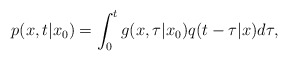
\begin{align*}p(x,t|x_0)=\int_0^t g(x,\tau|x_0) q(t-\tau|x) d \tau ,\end{align*}